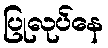
ပြုလုပ်နေ